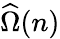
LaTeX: \widehat{\Omega}(n)